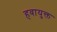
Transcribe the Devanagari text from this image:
हवायुक्त